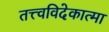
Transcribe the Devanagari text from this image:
तत्त्वविदेकात्मा